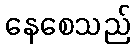
နေစေသည်